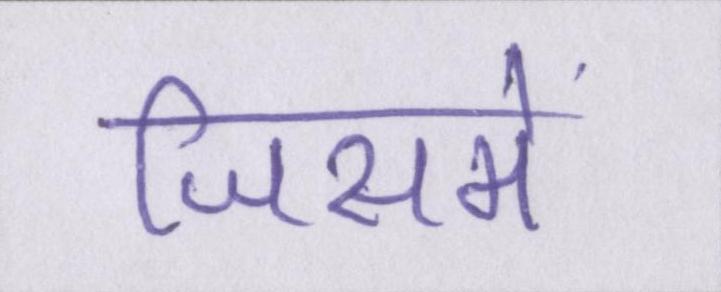
जिसमे